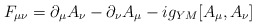
\begin{align*}F_{\mu \nu} = \partial_\mu A_\nu -\partial_\nu A_\mu -i g_{YM}[A_\mu, A_\nu]\end{align*}